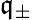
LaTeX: \mathfrak{q}_{\pm}